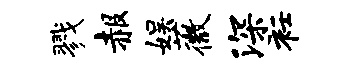
戮赧娱薇深衽